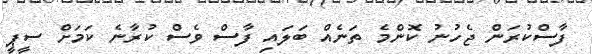
ފާސްކުރަން ޖެހުނު ކޮންމެ ތަނެއް ބަލައި ފާސް ވެސް ކުރާނެ ކަމަށް ސީޕީ